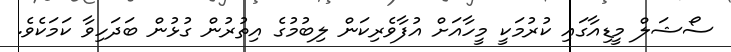
ސޯޝަލް މީޑިއާގައި ކުރުމަކީ މީހާއަށް އުފާވެރިކަން ލިބުމުގެ އިތުރުން ގުޅުން ބަދަހިވާ ކަމަކެވެ.